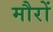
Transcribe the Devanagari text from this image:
मौरों